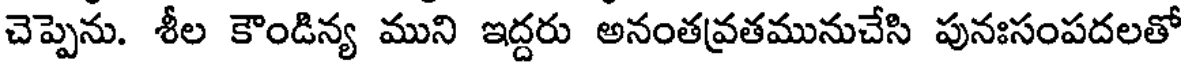
చెప్పెను. శీల కౌండిన్య ముని ఇద్దరు అనంతవ్రతమునుచేసి పునఃసంపదలతో